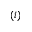
( i )